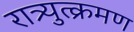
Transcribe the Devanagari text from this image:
रात्र्युत्क्रमण